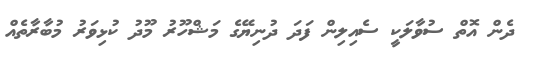
ދެން އޮތް ސުވާލަކީ ސެއިލިން ފަދަ ދުނިޔޭގެ މަޝްހޫރު މޫދު ކުޅިވަރު މުބާރާތެއް